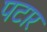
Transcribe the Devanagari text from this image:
पटार